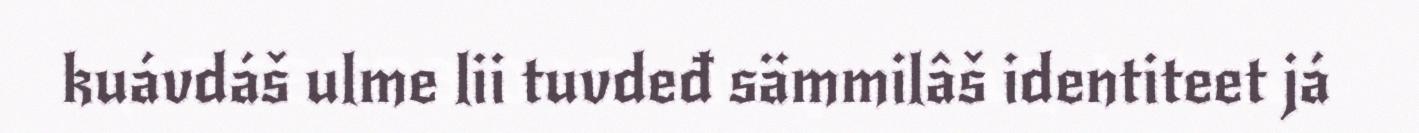
kuávdáš ulme lii tuvdeđ sämmilâš identiteet já